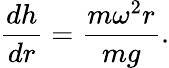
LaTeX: {\frac{dh}{dr}}={\frac{m\omega^{2}r}{mg}}.